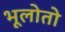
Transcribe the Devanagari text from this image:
भूलोतो